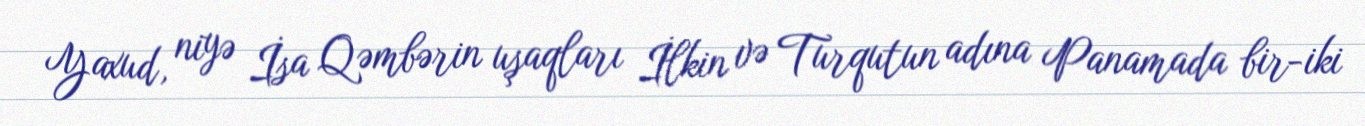
Yaxud, niyə İsa Qəmbərin uşaqları İlkin və Turqutun adına Panamada bir-iki